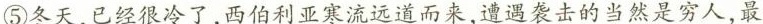
⑤冬天，已经很冷了，西伯利亚寒流远道而来，遭遇袭击的当然是穷人，最